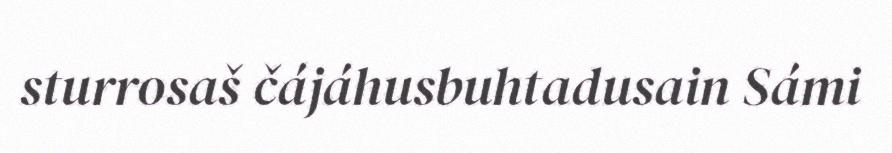
sturrosaš čájáhusbuhtadusain Sámi